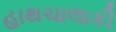
હાથચાલાકી